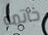
خاتمه